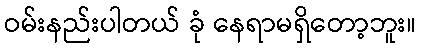
ဝမ်းနည်းပါတယ် ခုံ နေရာမရှိတော့ဘူး။